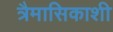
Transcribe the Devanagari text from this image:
त्रैमासिकाशी